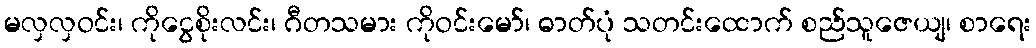
မလှလှဝင်း၊ ကိုငွေစိုးလင်း၊ ဂီတသမား ကိုဝင်းမော်၊ ဓာတ်ပုံ သတင်းထောက် စည်သူဇေယျ၊ စာရေး